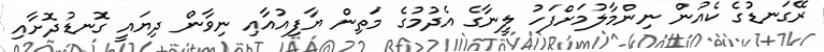
ރޭގަނޑުގެ ކެއުން ނިންމާލުމަށްފަހު ލީނާގެ އެދުމުގެ މަތިން ޔާފިއުއާއި ނިވާން ދިޔައީ ގޮނޑުދޮށާއި